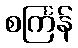
စင်္ကြန်